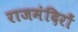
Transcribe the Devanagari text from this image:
राजमंदिरों